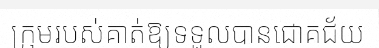
ក្រុមរបស់គាត់ឱ្យទទួលបានជោគជ័យ